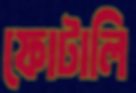
ফোটালি